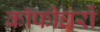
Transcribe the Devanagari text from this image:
कॉफीघरों